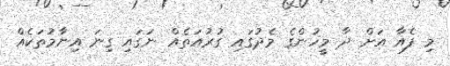
މި ފެއާ އަށް ދާ މީހުންގެ މެދުގައި ގުރުއަތެއް ނަގައި ގިނަ އިނާމުތަކެއް